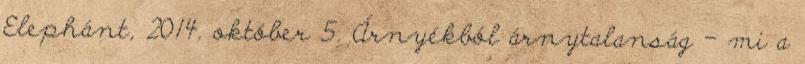
Elephánt, 2014. október 5. Árnyékból árnytalanság – mi a